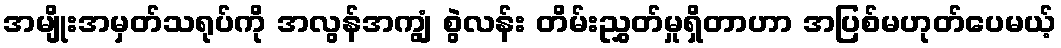
အမျိုးအမှတ်သရုပ်ကို အလွန်အကျွံ စွဲလန်း တိမ်းညွှတ်မှုရှိတာဟာ အပြစ်မဟုတ်ပေမယ့်